Annual report of the Civil Veterinary Department, Bengal, and of the Bengal Veterinary College for the year 1906-1907 - 1906-1907
Year: 1906
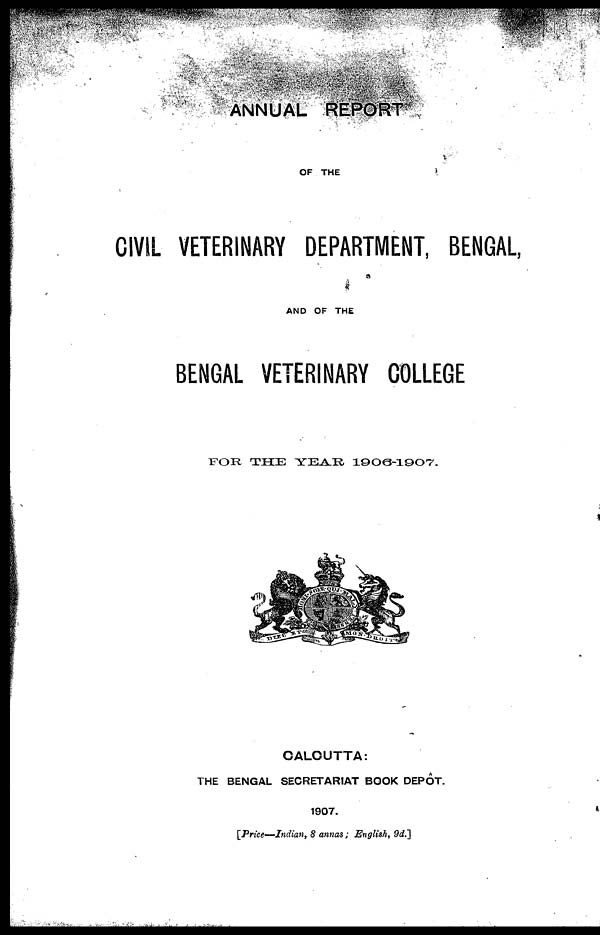
ANNUAL REPORT
OF THE
CIVIL VETERINARY DEPARTMENT, BENGAL,
AND OF THE
BENGAL VETERINARY COLLEGE
FOR THE YEAR
1906-1907.
CALCUTTA:
THE BENGAL SECRETARIAT BOOK DEPOT.
1907.
[Price—Indian, 8 annas; English, 9d.]